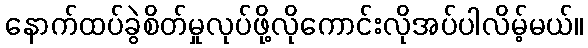
နောက်ထပ်ခွဲစိတ်မှုလုပ်ဖို့လိုကောင်းလိုအပ်ပါလိမ့်မယ်။